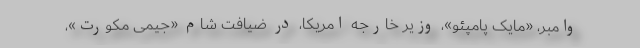
وامبر، «مایک پامپئو»، وزیر خارجه امریکا، در ضیافت شام «جیمی مکورت»،